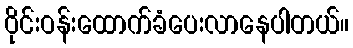
ဝိုင်းဝန်းထောက်ခံပေးလာနေပါတယ်။